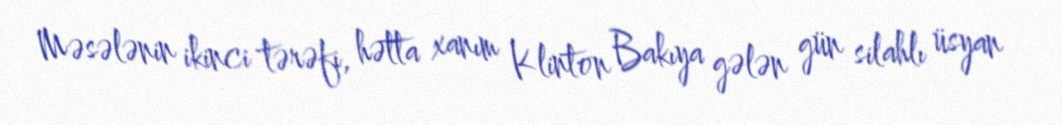
Məsələnin ikinci tərəfi, hətta xanım Klinton Bakıya gələn gün silahlı üsyan